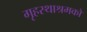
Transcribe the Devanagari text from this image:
गृहस्थाश्रमको